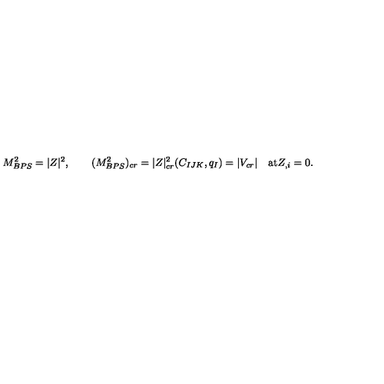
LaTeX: M _ { B P S } ^ { 2 } = | Z | ^ { 2 } , \qquad ( M _ { B P S } ^ { 2 } ) _ { c r } = | Z | _ { c r } ^ { 2 } ( C _ { I J K } , q _ { I } ) = | V _ { c r } | \quad \mathrm { a t } Z _ { , i } = 0 .